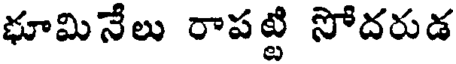
భూమినేలు రాపట్టి సోదరుడ